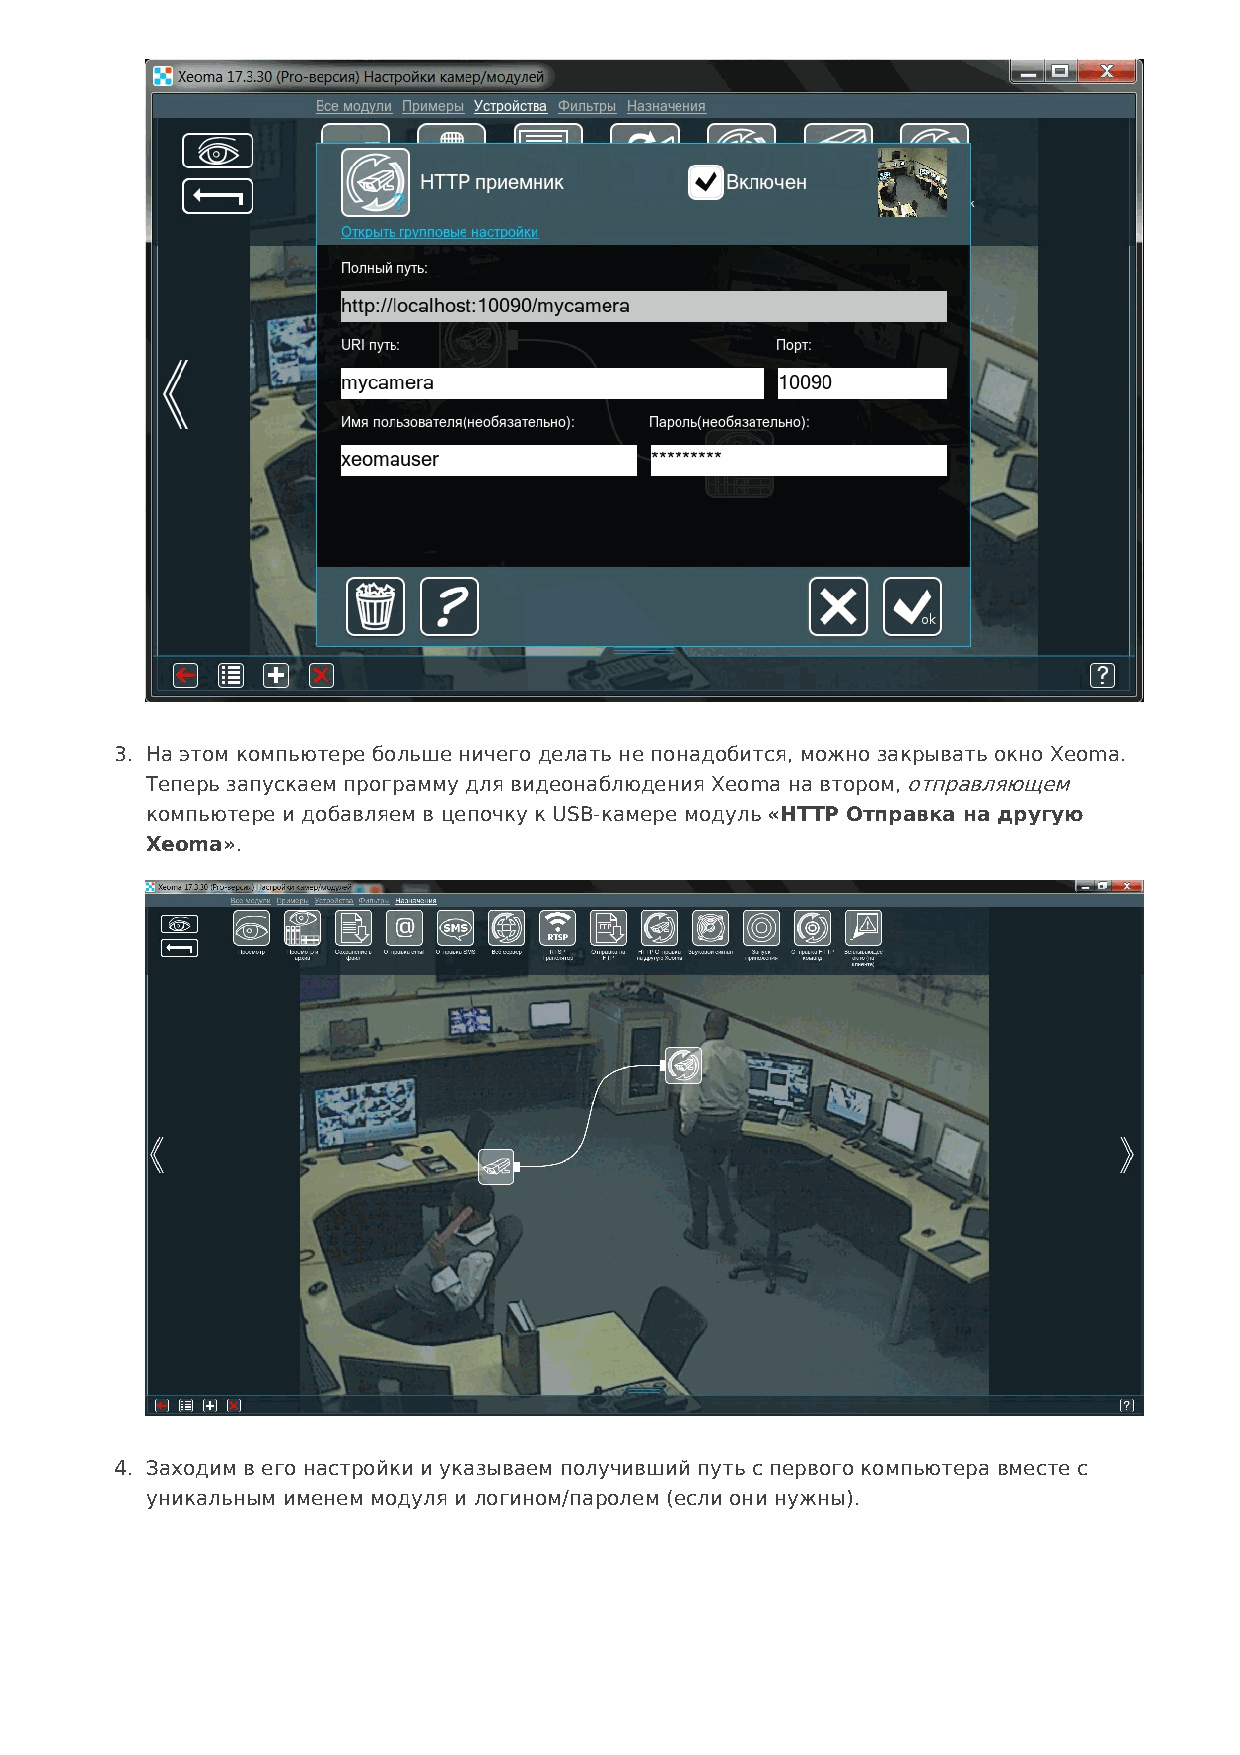
3. На этом компьютере больше ничего делать не понадобится, можно закрывать окно Xeoma.
 Теперь запускаем программу для видеонаблюдения Xeoma на втором, отправляющем
 компьютере и добавляем в цепочку к USB-камере модуль «HTTP Отправка на другую
 Xeoma».
 4. Заходим в его настройки и указываем получивший путь с первого компьютера вместе с
 уникальным именем модуля и логином/паролем (если они нужны).